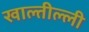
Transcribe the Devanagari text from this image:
खाल्तील्ली